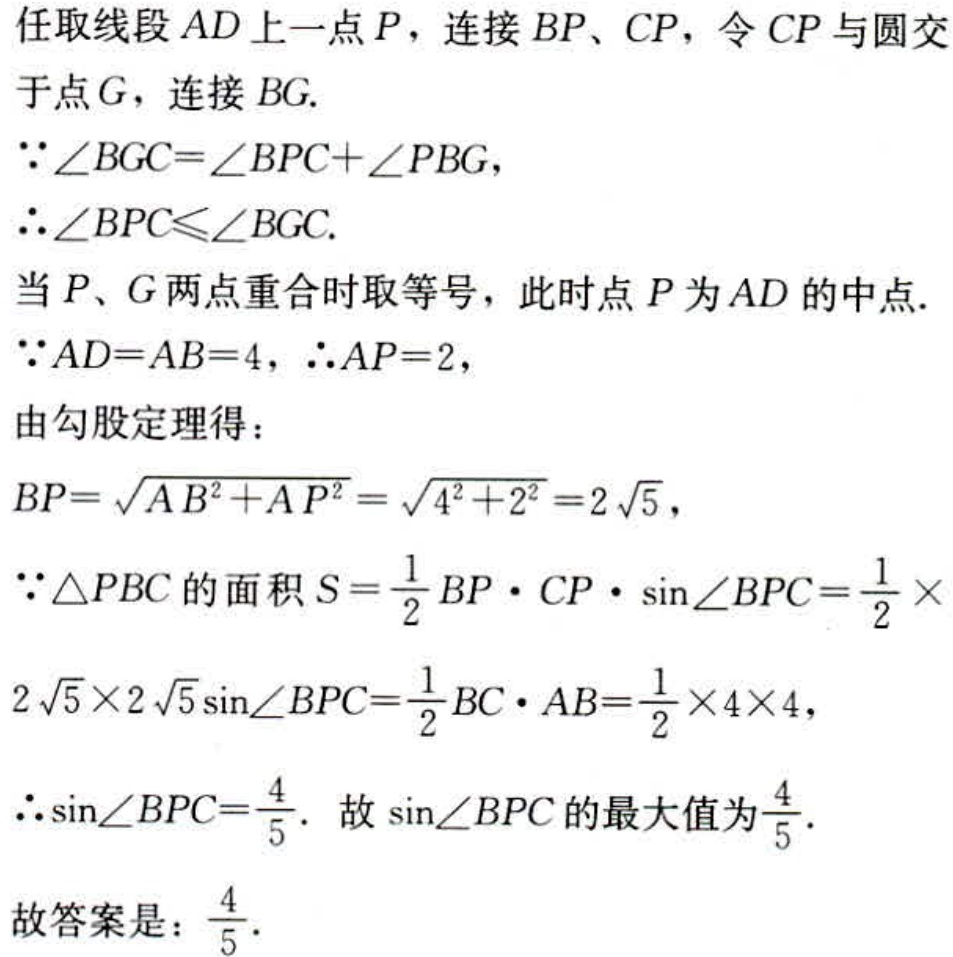
任取线段 \(AD\) 上一点 \(P\)，连接 \(BP\)、\(CP\)，令 \(CP\) 与圆交于点 \(G\)，连接 \(BG\).
\(\because\angle BGC = \angle BPC+\angle PBG\)，
\(\therefore\angle BPC\leqslant\angle BGC\).
当 \(P\)、\(G\) 两点重合时取等号，此时点 \(P\) 为 \(AD\) 的中点.
\(\because AD = AB = 4\)，\(\therefore AP = 2\)，
由勾股定理得：
\(BP=\sqrt{AB^{2}+AP^{2}}=\sqrt{4^{2}+2^{2}} = 2\sqrt{5}\)，
\(\because\triangle PBC\) 的面积 \(S=\frac{1}{2}BP\cdot CP\cdot\sin\angle BPC=\frac{1}{2}\times2\sqrt{5}\times2\sqrt{5}\sin\angle BPC=\frac{1}{2}BC\cdot AB=\frac{1}{2}\times4\times4\)，
\(\therefore\sin\angle BPC=\frac{4}{5}\). 故 \(\sin\angle BPC\) 的最大值为 \(\frac{4}{5}\).
故答案是：\(\frac{4}{5}\).